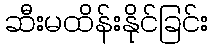
ဆီးမထိန်းနိုင်ခြင်း